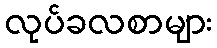
လုပ်ခလစာများ